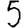
Digit: 5